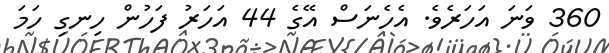
360 ވަނަ އަހަރެވެ. އެހެނަސް އޭގެ 44 އަހަރު ފަހުން ހިނގި ހަމަ